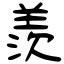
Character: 羨